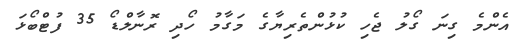
އެންމެ ގިނަ ގޯލު ޖެހި ކުޅުންތެރިޔާގެ މަގާމު ހޯދި ރޮނާލްޑޯ 35 ފުޓްބޯޅަ